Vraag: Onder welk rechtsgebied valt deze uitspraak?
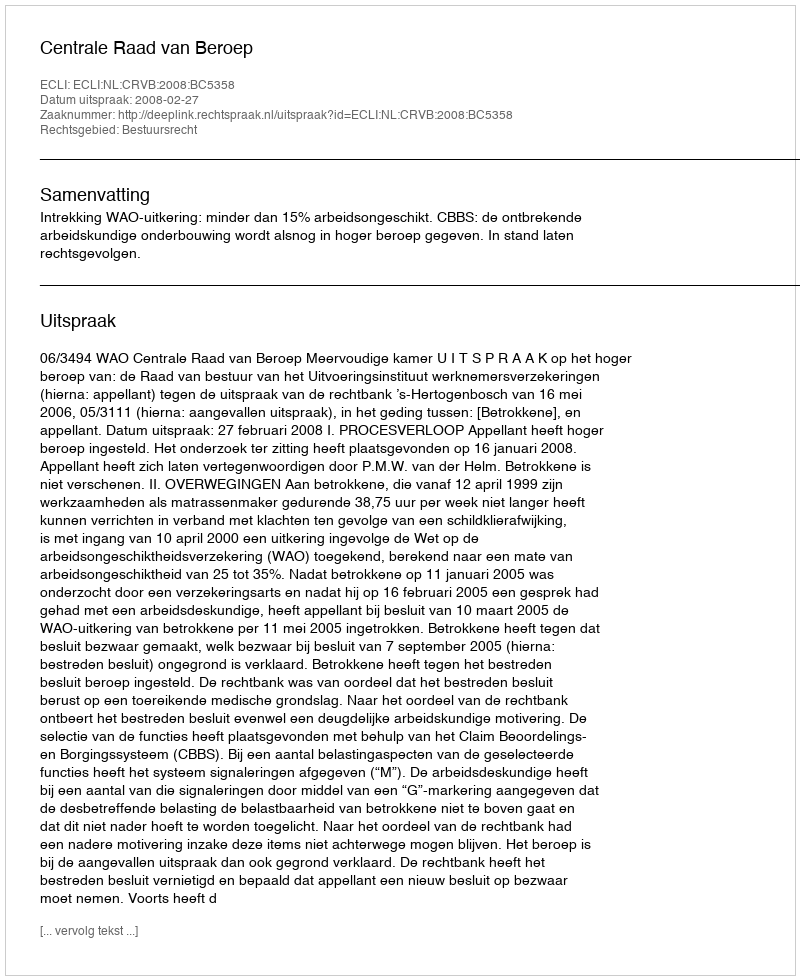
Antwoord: Bestuursrecht